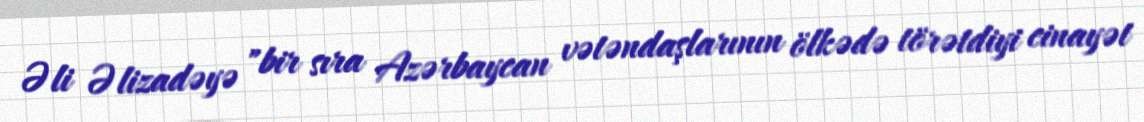
Əli Əlizadəyə "bir sıra Azərbaycan vətəndaşlarının ölkədə törətdiyi cinayət